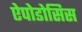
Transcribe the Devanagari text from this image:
ऐपोडोसिस